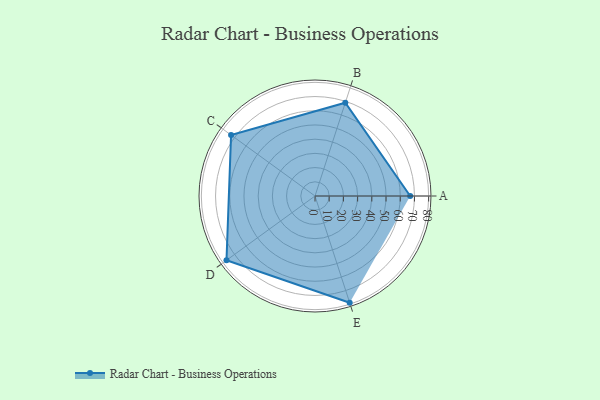
{"axis": {"x": "Skill", "y": "Score"}, "legend": ["Profile"], "data": [{"x": "A", "y": 67.0, "type": "Profile"}, {"x": "B", "y": 69.0, "type": "Profile"}, {"x": "C", "y": 73.0, "type": "Profile"}, {"x": "D", "y": 77.0, "type": "Profile"}, {"x": "E", "y": 79.0, "type": "Profile"}]}